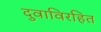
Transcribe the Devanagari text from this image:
दुवाविरहित